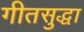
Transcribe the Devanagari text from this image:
गीतसुद्धा